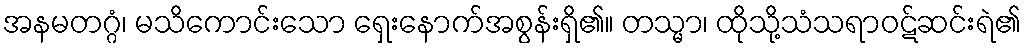
အနမတဂ္ဂံ၊ မသိကောင်းသော ရှေးနောက်အစွန်းရှိ၏။ တသ္မာ၊ ထိုသို့သံသရာဝဋ်ဆင်းရဲ၏